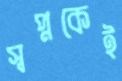
স্বপ্নকেই